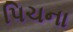
પિચના